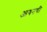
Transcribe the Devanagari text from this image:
आयनची